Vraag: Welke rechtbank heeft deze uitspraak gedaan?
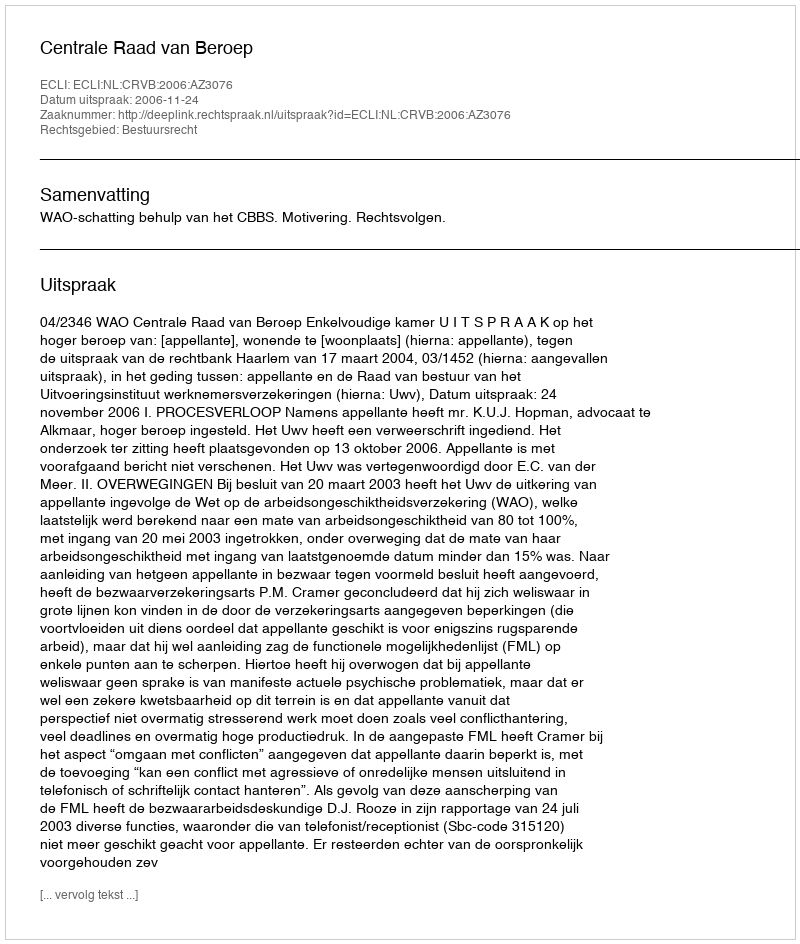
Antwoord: Centrale Raad van Beroep